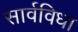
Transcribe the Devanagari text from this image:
सार्वविधा